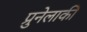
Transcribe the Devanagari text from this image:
प्रुनेलाकी